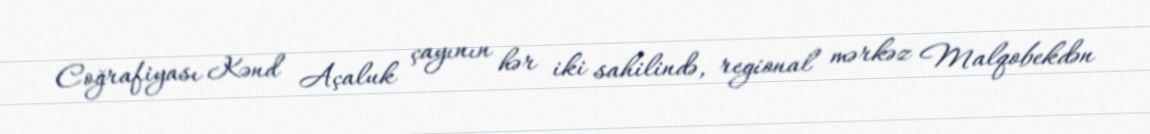
Coğrafiyası Kənd Açaluk çayının hər iki sahilində, regional mərkəz Malqobekdən